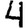
Digit: 4